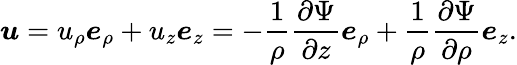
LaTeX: {\boldsymbol{u}}=u_{\rho}{\boldsymbol{e}}_{\rho}+u_{z}{\boldsymbol{e}}_{z}=-{\frac{1}{\rho}}{\frac{\partial\Psi}{\partial z}}{\boldsymbol{e}}_{\rho}+{\frac{1}{\rho}}{\frac{\partial\Psi}{\partial\rho}}{\boldsymbol{e}}_{z}.